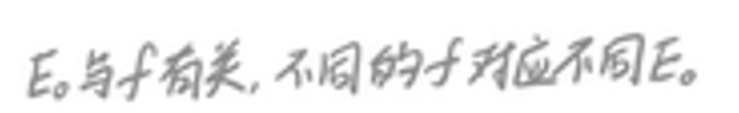
$E_{0}$与$f$有关, 不同的$f$对应不同$E_{0}$。